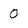
Character: 0